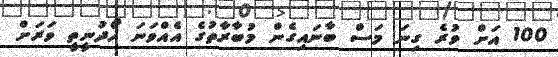
100 އަށް ވުރެ ގިނަ މަސް ބާނައިގެން މުބާރާތުގެ އެއްވަނަ ހޯދުނީތީ ވަރަށް